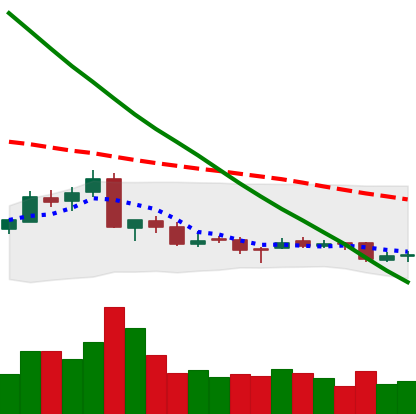
Ticker: NEO-USD
Chart end date: 2018-09-19
Forward return: 7.854%
Label: up_7plus